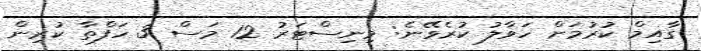
ގާއިމް ކުރުމަށް ހަވާލު ކުރެވޭނެ: މިނިސްޓަރު 12 މަސް 3 ހަފްތާ ކުރިން